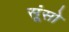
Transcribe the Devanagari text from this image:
सूंसो